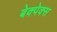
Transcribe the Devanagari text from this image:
बेक्पेक्स